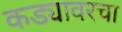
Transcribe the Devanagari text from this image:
कड्यावरचा